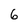
Character: 6